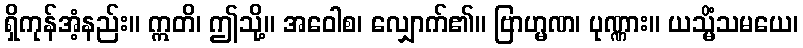
ရှိကုန်အံ့နည်း။ ဣတိ၊ ဤသို့။ အဝေါစ၊ လျှောက်၏။ ဗြာဟ္မဏ၊ ပုဏ္ဏား။ ယသ္မိံသမယေ၊